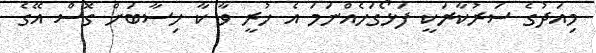
މިއަދުގެ ސަރުކާރަކީ ފަޅޯގަހެއްނަމަ އެ ހުރީ ވާ ކާ ހިސާބަށް ގޮސް އޭގެ